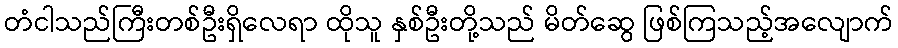
တံငါသည်ကြီးတစ်ဦးရှိလေရာ ထိုသူ နှစ်ဦးတို့သည် မိတ်ဆွေ ဖြစ်ကြသည့်အလျောက်